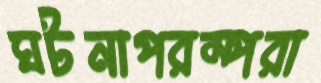
ঘটনাপরম্পরা